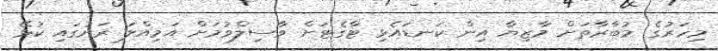
މިހަރުގެ މުބާރާތަށް މާޒިޔާ އިން ކަނޑައެޅި ޓާގެޓަށް ވާސިލްވުމަށް އަމިއްލަ ރަށުގައި ކުޅޭ